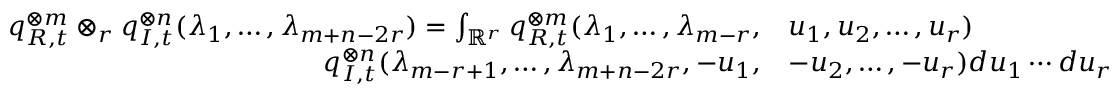
\begin{array} { r l } { q _ { R , t } ^ { \otimes m } \otimes _ { r } q _ { I , t } ^ { \otimes n } ( \lambda _ { 1 } , \ldots , \lambda _ { m + n - 2 r } ) = \int _ { \mathbb { R } ^ { r } } q _ { R , t } ^ { \otimes m } ( \lambda _ { 1 } , \ldots , \lambda _ { m - r } , } & { u _ { 1 } , u _ { 2 } , \ldots , u _ { r } ) } \\ { q _ { I , t } ^ { \otimes n } ( \lambda _ { m - r + 1 } , \ldots , \lambda _ { m + n - 2 r } , - u _ { 1 } , } & { - u _ { 2 } , \ldots , - u _ { r } ) d u _ { 1 } \cdots d u _ { r } } \end{array}